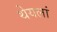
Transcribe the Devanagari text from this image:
थेयलां